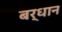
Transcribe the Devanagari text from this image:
बर्धान